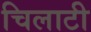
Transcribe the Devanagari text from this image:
चिलाटी